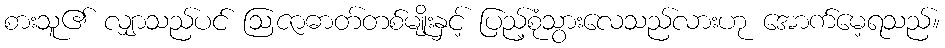
စားသူ၏ လျှာသည်ပင် ဩဇာဓာတ်တစ်မျိုးနှင့် ပြည့်စုံသွားလေသည်လားဟု အောက်မေ့ရသည်။